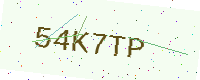
Text: 54K7TP